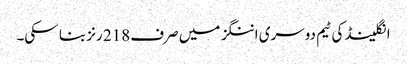
انگلینڈ کی ٹیم دوسری اننگز میں صرف 218 رنز بنا سکی۔